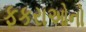
ફકરાઓનો